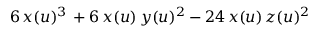
6 \, x ( u ) ^ { 3 } \, + 6 \, x ( u ) \, y ( u ) ^ { 2 } - 2 4 \, x ( u ) \, z ( u ) ^ { 2 }